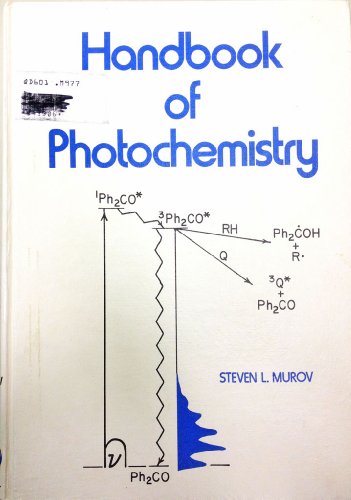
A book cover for Handbook of photochemistry; Steven L Murov; Science & Math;